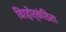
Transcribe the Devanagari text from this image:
विरहोत्कंठिता